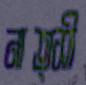
নাত্সী